Civil Veterinary Dept. Assam report 1927-50 - 1927-1950
Year: 1927
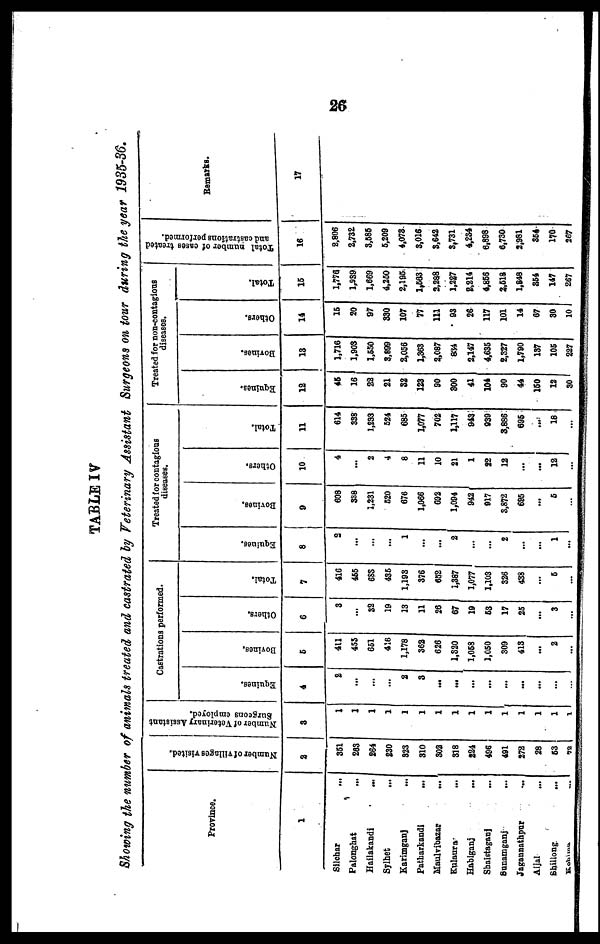
26
TABLE IV
Showing the number of animals treated and castrated by Veterinary Assistant Surgeons on tour during the year 1935-36.
Province.
1
Silchar ...
Palonghat
...
Hailakandi
...
Sylhet ...
Karimganj
...
Patbarkandi ...
Maulvibazar ...
Kulaura ...
Habiganj ...
Sbaistagaoj ...
Sunamganj
...
Jagannathpur ...
Aijal ...
Shillong ...
Kokuma ...
Number of villages visited.
2
361
283
264
230
323
310
302
318
224
496
491
272
28
63
72
Number of Veterinary Assistant
Surgeons employed.
3
1
1
1
1
1
1
1
1
1
1
1
1
1
1
1
Castrations performed.
Equines.
4
2
...
...
...
2
3
...
...
...
...
...
...
...
...
...
Bovines.
6
411
455
651
416
1,178
362
626
1,320
1,058
1,050
309
413
...
2
...
Others.
6
3
...
32
19
13
11
26
67
19
53
17
25
...
3
...
Total.
7
416
465
655
436
1,193
376
652
1,387
1,077
1,103
326
438
...
6
...
Equines.
8
2
...
...
...
1
...
...
2
...
...
2
...
...
1
...
Treated for contagious
diseases.
Bovines.
9
608
338
1,231
520
676
1,066
692
1,094
942
917
3,872
695
...
5
...
Others.
10
4
...
2
4
8
11
10
21
1
22
12
...
...
12
...
Total.
11
614
333
1,233
524
685
1,077
702
1,117
943
939
3,886
696
...
18
...
Treated for non-contagious
diseases.
Equines.
12
46
16
22
21
32
123
90
300
41
104
90
44
160
12
30
Bovines.
13
1,716
1,903
1,650
3,899
2,056
1,363
2,087
834
2,147
4,636
2,327
1,790
137
105
227
Others.
14
16
20
97
330
107
77
111
93
26
117
101
14
67
30
10
Total.
15
1,776
1,939
1,669
4,250
2,196
1,583
3,288
1,287
2,214
4,866
2,518
1,848
354
147
267
Total number of cases treated
and castrations performed.
16
2.806
2,732
3,585
5,209
4,073
3,016
3,642
3,731
4,234
6,898
6,730
2,981
354
170
267
Remarks.
17